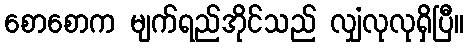
စောစောက မျက်ရည်အိုင်သည် လျှံလုလုရှိပြီ။